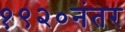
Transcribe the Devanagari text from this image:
१९२०नंतर